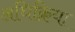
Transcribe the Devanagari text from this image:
अधिक्रिया